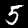
Digit: 5